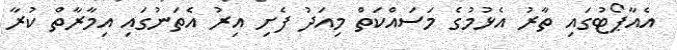
އެއާޕޯޓުގައި ތާރު އެޅުމުގެ މަސައްކަތް މިއަދު ފެށި އިރު އެތަނުގައި އިމާރާތް ކުރާ